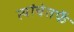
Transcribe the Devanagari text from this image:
त्यांचेतर्फे